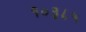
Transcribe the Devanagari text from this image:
१०३८५